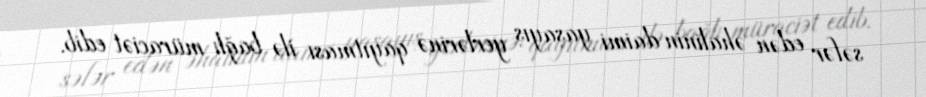
səfər edən əhalinin daimi yaşayış yerlərinə qayıtması ilə bağlı müraciət edib.